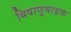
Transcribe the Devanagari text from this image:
विषाणूवाहक